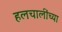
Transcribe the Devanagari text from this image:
हलचालींच्या